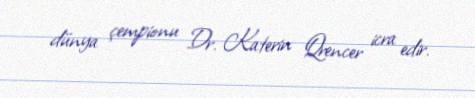
dünya çempionu Dr. Katerin Qrencer icra edir.